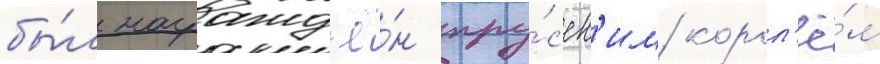
бы́л награжд'ё́н пру́сск'им корол'ё́м